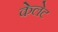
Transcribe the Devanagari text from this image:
केलेट